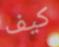
كيف